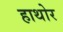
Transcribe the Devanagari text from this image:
हाथोर